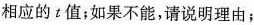
相应的t值；如果不能，请说明理由；